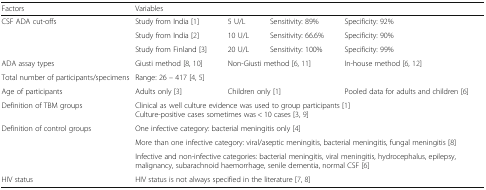
<table><thead><tr><td><b>Factors</b></td><td colspan="4"><b>Variables</b></td></tr></thead><tbody><tr><td rowspan="3">CSF ADA cut-offs</td><td>Study from India [1]</td><td>5 U/L</td><td>Sensitivity: 89%</td><td>Specificity: 92%</td></tr><tr><td>Study from India [2]</td><td>10 U/L</td><td>Sensitivity: 66.6%</td><td>Specificity: 90%</td></tr><tr><td>Study from Finland [3]</td><td>20 U/L</td><td>Sensitivity: 100%</td><td>Specificity: 99%</td></tr><tr><td>ADA assay types</td><td>Giusti method [8, 10]</td><td colspan="2">Non-Giusti method [6, 11]</td><td>In-house method [6, 12]</td></tr><tr><td>Total number of participants/specimens</td><td colspan="4">Range: 26 – 417 [4, 5]</td></tr><tr><td>Age of participants</td><td>Adults only [3]</td><td colspan="2">Children only [1]</td><td>Pooled data for adults and children [6]</td></tr><tr><td>Definition of TBM groups</td><td colspan="4">Clinical as well culture evidence was used to group participants [1]Culture-positive cases sometimes was &lt; 10 cases [3, 9]</td></tr><tr><td rowspan="3">Definition of control groups</td><td colspan="4">One infective category: bacterial meningitis only [4]</td></tr><tr><td colspan="4">More than one infective category: viral/aseptic meningitis, bacterial meningitis, fungal meningitis [8]</td></tr><tr><td colspan="4">Infective and non-infective categories: bacterial meningitis, viral meningitis, hydrocephalus, epilepsy, malignancy, subarachnoid haemorrhage, senile dementia, normal CSF [6]</td></tr><tr><td>HIV status</td><td colspan="4">HIV status is not always specified in the literature [7, 8]</td></tr></tbody></table>